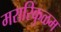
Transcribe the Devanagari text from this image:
मरारिकुळम